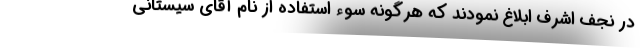
در نجف اشرف ابلاغ نمودند که هرگونه سوء استفاده از نام آقای سیستانی